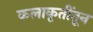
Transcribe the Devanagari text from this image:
कलाकृतींतून